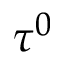
\tau ^ { 0 }